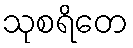
သုစရိတေ